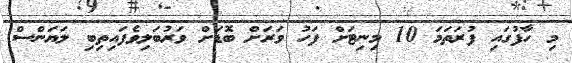
މި ހާފުގައި ފުރަތަމަ 10 މިނިޓަށް ފަހު ވަރަށް ބޮޑަށް ވަރުބަލިވެފައިތިބި ލަޔަންސް